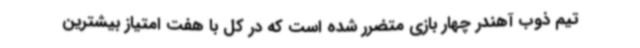
تیم ذوب آهندر چهار بازی متضرر شده است که در کل با هفت امتیاز بیشترین